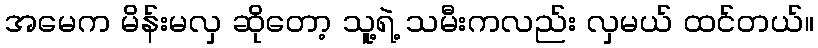
အမေက မိန်းမလှ ဆိုတော့ သူ့ရဲ့ သမီးကလည်း လှမယ် ထင်တယ်။